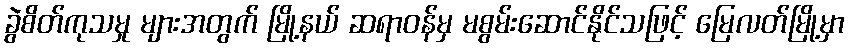
ခွဲစိတ်ကုသမှု များအတွက် မြို့နယ် ဆရာဝန်မှ မစွမ်းဆောင်နိုင်သဖြင့် မြေလတ်မြို့မှာ